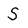
Character: S